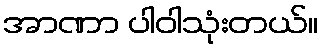
အာဏာ ပါဝါသုံးတယ်။